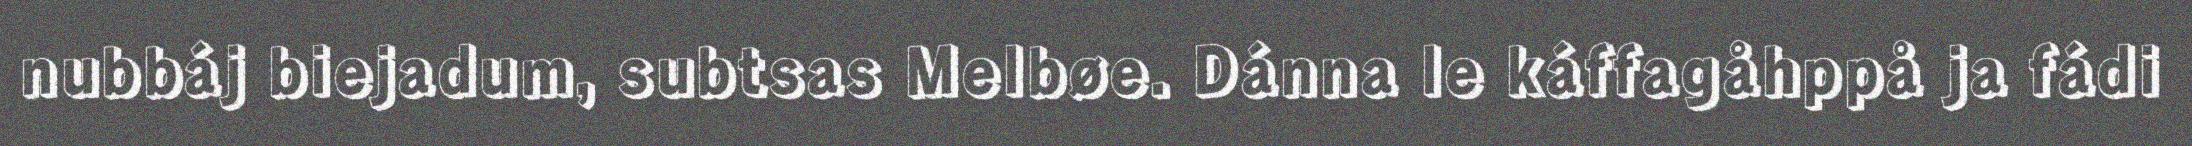
nubbáj biejadum, subtsas Melbøe. Dánna le káffagåhppå ja fádi